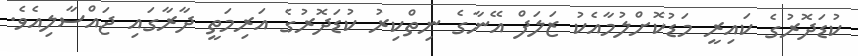
ކުޑަދޮރުގެ ކައިރީ މަޑުކޮށްލުމާއެކު ޒަލަފް އޭނާގެ ނިތްކިރު ކުޑަދޮރުގެ އަރިމަތީ ދާރާގައި ޖައްސާލިއެވެ.